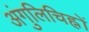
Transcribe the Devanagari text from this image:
अंगुलिचिह्नों